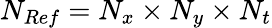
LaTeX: N_{Ref}=N_{x}\times N_{y}\times N_{t}